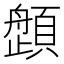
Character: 𱂛